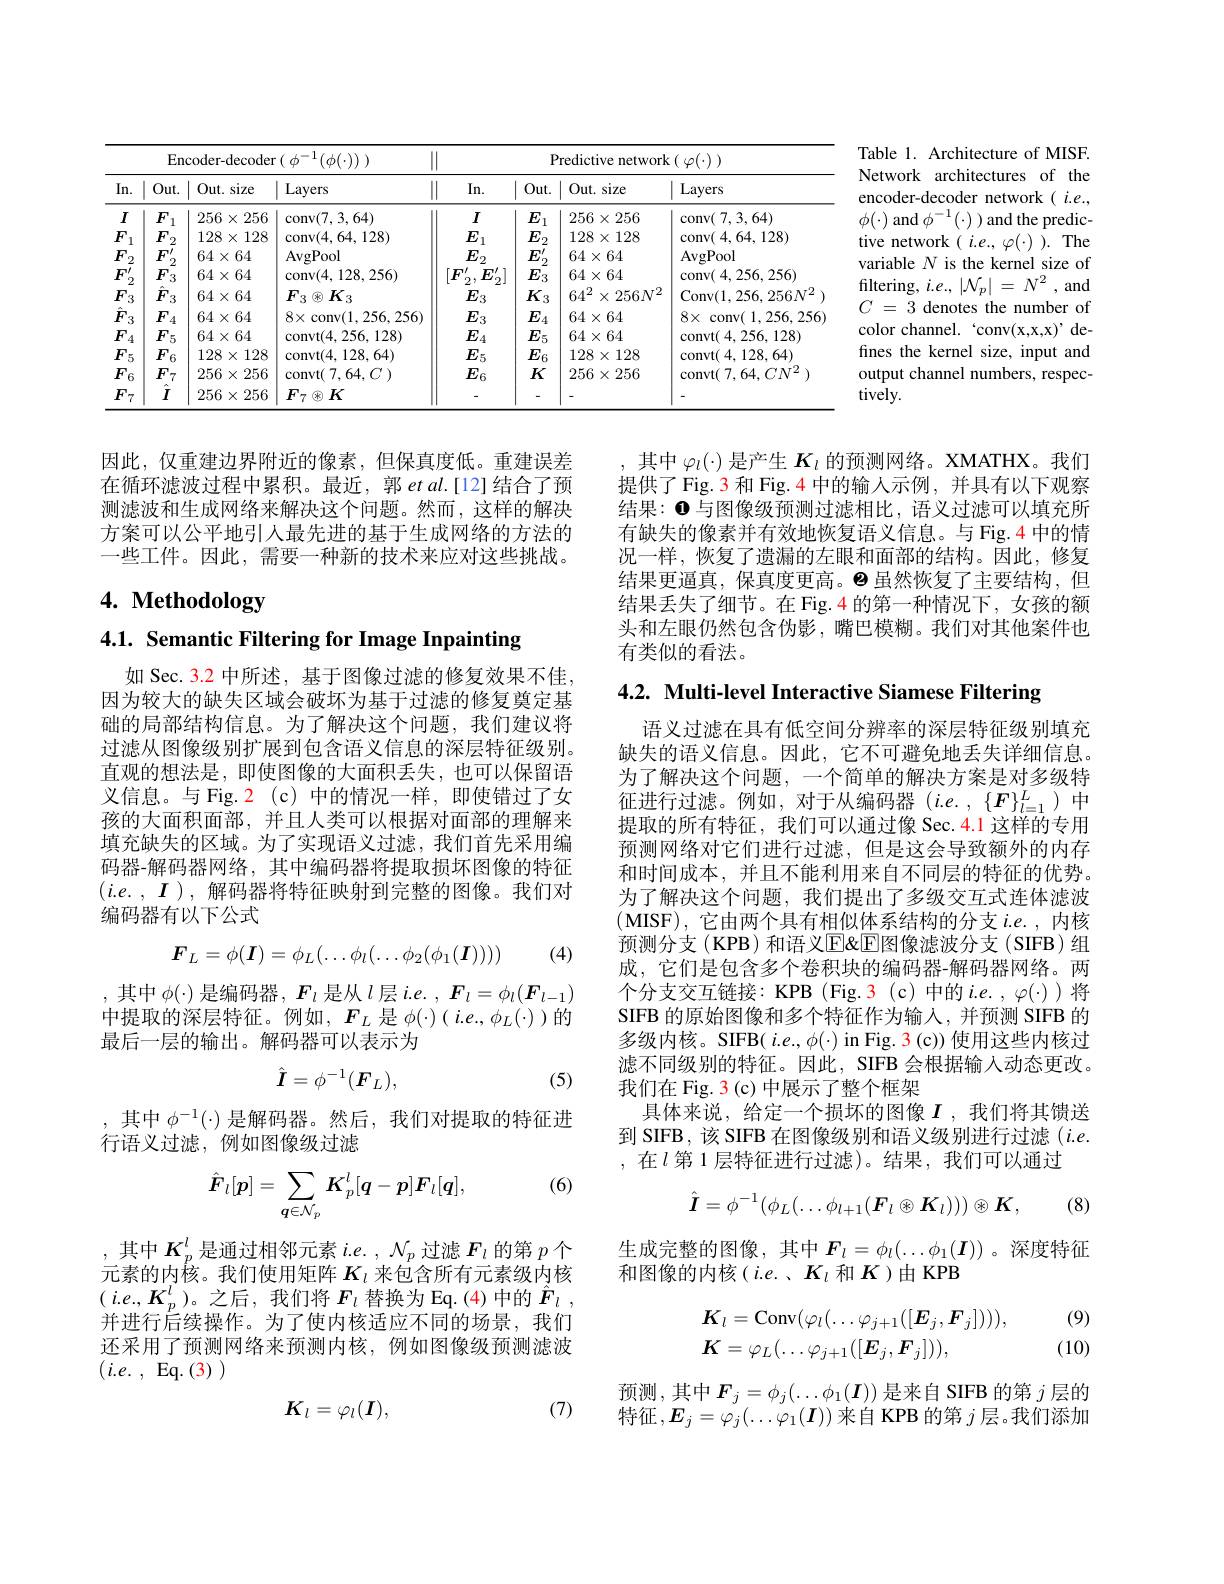
Table 1. Architecture of MISF. Network architectures of the encoder-decoder network( $i.e.$, $\phi(\cdot)$ and $\phi^{-1}(\cdot)$ ) and the predictive network $(i.e.,\varphi(\cdot)).$ The variable $N$ is the kernel size of filtering, $i. e. , | \mathcal{N} _p| = N^2$,and $C$ = 3 denotes the number of color channel. 'conv(x,x,x)' defines the kernel size, input and output channel numbers, respectively.

<table>
	<tbody>
		<tr>
			<th rowspan="2">Encoder-decoder ( $\phi ^{- 1}( \phi ( \cdot ) )$ )</th>
			<th colspan="2">Encoder-decoder ( $\phi ^{- 1}( \phi ( \cdot ) )$ )</th>
			<th rowspan="2"> In. </th>
			<th colspan="3">Predictive network $(\varphi(\cdot))$</th>
		</tr>
		<tr>
			<th>$In.$</th>
			<th>Out.</th>
			<th>Out. s size</th>
			<th>Layers</th>
			<th>$Out.$</th>
			<th>$Out.s$ size</th>
			<th>Layers</th>
		</tr>
		<tr>
			<td>$I$</td>
			<td>$F$ 1</td>
			<td>256 $j\times$ 256</td>
			<td>$\operatorname{conv}(7,3,64)$</td>
			<td>$I$</td>
			<td>$E$ 1</td>
			<td>$256\times256$</td>
			<td>$\operatorname{conv}(7,3,64)$</td>
		</tr>
		<tr>
			<td>$F$ 1</td>
			<td>$F$ 2</td>
			<td>$128\times$ 128</td>
			<td>$\operatorname{conv}(4,64,128)$</td>
			<td>$E$</td>
			<td>$E$ 1.</td>
			<td>128 $8\times128$</td>
			<td>conv( 4, 64, 128) </td>
		</tr>
		<tr>
			<td>$F$ 2</td>
			<td>$F_{\mathrm{a}}^{\prime}$ n</td>
			<td>$64\times64$</td>
			<td>AvgPool</td>
			<td>$E.$ $i2$</td>
			<td>$E_{\mathrm{n}}^{\prime}$</td>
			<td>$64\times64$</td>
			<td>AvgPool</td>
		</tr>
		<tr>
			<td>$F_{\mathrm{a}}^{\prime}$ $=\frac{1}{2}$ -</td>
			<td>$F_{3}$</td>
			<td>$64\times64$</td>
			<td>$\operatorname{conv}(4,128,256)$</td>
			<td>$F_{\cdot}^{\prime}$ $E^{\prime}$</td>
			<td>$E_{3}$</td>
			<td>$64\times64$</td>
			<td>$\operatorname { conv} ($ 4, 256, 256)</td>
		</tr>
		<tr>
			<td>$F_{:}$ 3 </td>
			<td>$\hat{F}_{3}$</td>
			<td>$64\times64$</td>
			<td>$F_{3}\otimes K_{3}$</td>
			<td>$E_3$</td>
			<td>$K_{3}$</td>
			<td>$64^2$ $256N^{2}$ 1</td>
			<td>Conv$( 1, 256, 256N^{2}$</td>
		</tr>
		<tr>
			<td>$\hat{F}$ 3</td>
			<td>$F$ A</td>
			<td>$64\times64$</td>
			<td>$8\times$conv(1,256,256)</td>
			<td>$E.$ $\because x$</td>
			<td>$E.$ $f$</td>
			<td>$64\times64$</td>
			<td>$8x$ conv( 1, 256, 256</td>
		</tr>
		<tr>
			<td>$F.$ 4</td>
			<td>$F_5$</td>
			<td>$64\times64$</td>
			<td>convt(4,256,128)</td>
			<td>$E$ 4</td>
			<td>$E_{5}$</td>
			<td>$64\times64$</td>
			<td>convt( 4, 256, 128) </td>
		</tr>
		<tr>
			<td>$F;$ 5</td>
			<td>$F.$ 56</td>
			<td>$128\times$ 128</td>
			<td>$\operatorname{convt}(4,128,64)$</td>
			<td>$E_5$</td>
			<td>$E_{6}$</td>
			<td>128 $8\times128$ 3</td>
			<td>convt( 4, 128, 64) </td>
		</tr>
		<tr>
			<td>$F_{6}$ </td>
			<td>$F_{7}$</td>
			<td>$256\times$ 256</td>
			<td>$\operatorname{convt}(7,64,C)$</td>
			<td>$E_{6}$</td>
			<td>$K$</td>
			<td>$256\times256$</td>
			<td>convt( 7, 64, C$N^{2}$</td>
		</tr>
		<tr>
			<td>$F$ 一</td>
			<td>$\ddot{I}$</td>
			<td>256 $:X$ 256</td>
			<td>$F_{7}\otimes K$</td>
			<td> </td>
			<td>-</td>
			<td> </td>
			<td> </td>
		</tr>
	</tbody>
</table>

因此，仅重建边界附近的像素，但保真度低。重建误差在循环滤波过程中累积。最近，郭$etal.[12]$结合了预测滤波和生成网络来解决这个问题。然而，这样的解决方案可以公平地引入最先进的基于生成网络的方法的一些工件。因此，需要一种新的技术来应对这些挑战。

其中$\varphi_l(\cdot)$是产生$K_l$的预测网络。XMATHX。我们提供了Fig.3 和 Fig.4 中的输人示例，并具有以下观察结果：$\mathbf{0}$与图像级预测过滤相比，语义过滤可以填充所有缺失的像素并有效地恢复语义信息。与 Fig.4 中的情况一样，恢复了遗漏的左眼和面部的结构。因此，修复结果更逼真，保真度更高。$\Theta$虽然恢复了主要结构，但结果丢失了细节。在 Fig.4 的第一种情况下，女孩的额头和左眼仍然包含伪影，嘴巴模糊。我们对其他案件也有类似的看法。

# 4. Methodology

4.1. Semantic Filtering for Image Inpainting

4.2. Multi-level Interactive Siamese Filtering

如 Sec. 3.2 中所述，基于图像过滤的修复效果不佳因为较大的缺失区域会破坏为基于过滤的修复奠定基础的局部结构信息。为了解决这个问题，我们建议将过滤从图像级别扩展到包含语义信息的深层特征级别。直观的想法是，即使图像的大面积丢失，也可以保留语义信息。与 Fig. $\color{red}2$(c)中的情况一样，即使错过了女孩的大面积面部，并且人类可以根据对面部的理解来填充缺失的区域。为了实现语义过滤，我们首先采用编码器-解码器网络，其中编码器将提取损坏图像的特征$(i.e.,I)$,解码器将特征映射到完整的图像。我们对编码器有以下公式

语义过滤在具有低空间分辨率的深层特征级别填充缺失的语义信息。因此，它不可避免地丢失详细信息。为了解决这个问题，一个简单的解决方案是对多级特征进行过滤。例如，对于从编码器(i.e.,$\{F\}_{l=1}^L)中$ 提取的所有特征，我们可以通过像 Sec.4.1 这样的专用预测网络对它们进行过滤，但是这会导致额外的内存和时间成本，并且不能利用来自不同层的特征的优势。为了解决这个问题，我们提出了多级交互式连体滤波(MISF),它由两个具有相似体系结构的分支$i.e.$,内核预测分支(KPB)和语义$\operatorname{E}$<E<E/图像滤波分支(SIFB)组成，它们是包含多个卷积块的编码器-解码器网络。两个分支交互链接：KPB (Fig.3 (c)中的$i.e.,\varphi(\cdot)$ 将SIFB 的原始图像和多个特征作为输入，并预测 SIFB 的多级内核。SIFB( $i.e.,\phi(\cdot)$ in Fig. 3(c)) 使用这些内核过滤不同级别的特征。因此，SIFB 会根据输入动态更改。我们在 Fig. 3(c) 中展示了整个框架
具体来说，给定一个损坏的图像$I$ ,我们将其馈送到 SIFB, 该 SIFB 在图像级别和语义级别进行过滤$(i.e.$ ,在$l$ 第 1层特征进行过滤)。结果，我们可以通过

(4)
$$F_L=\phi(I)=\phi_L(\ldots\phi_l(\ldots\phi_2(\phi_1(I))))$$
,其中$\phi(\cdot)$是编码器，$F_l$是从$l$层$i.e.,F_l=\phi_l(\boldsymbol{F}_{l-1})$ 中提取的深层特征。例如，$F_L$是$\phi(\cdot)(i.e.,\phi_{L}(\cdot))$的最后一层的输出。解码器可以表示为
$$\hat{I}=\phi^{-1}(\boldsymbol{F}_{L}),$$
(5)

,其中$\phi^-1(\cdot)$ 是解码器。然后，我们对提取的特征进
行语义过滤，例如图像级过滤

(6)
$$\hat{\boldsymbol{F}}_l[\boldsymbol{p}]=\sum_{\boldsymbol{q}\in\mathcal{N}_p}\boldsymbol{K}_p^l[\boldsymbol{q}-\boldsymbol{p}]\boldsymbol{F}_l[\boldsymbol{q}],$$
$$\hat{\boldsymbol{I}}=\phi^{-1}(\phi_L(\ldots\phi_{l+1}(\boldsymbol{F}_l\otimes\boldsymbol{K}_l))))\otimes\boldsymbol{K},$$
(8)

生成完整的图像，其中$F_l=\phi_l(\ldots\phi_1(\boldsymbol{I}))$ 。深度特征
和图像的内核(i.e.、$K_l$ 和$K$ )由 KPB

,其中$K_p^l$是通过相邻元素$i.e.,\mathcal{N}_p$过滤$\boldsymbol F_l$的第$p$个元素的内核。我们使用矩阵$K_l$来包含所有元素级内核$(i.e.,K_{p}^{l})$。之后，我们将$F_l$ 替换为 Eq.(4)中的 $\hat{F} _l$ , 并进行后续操作。为了使内核适应不同的场景，我们还采用了预测网络来预测内核，例如图像级预测滤波$( i. e.$ , Eq. (3) )

(9)
$$\begin{aligned}&K_{l}=\mathrm{Conv}(\varphi_{l}(\ldots\varphi_{j+1}([\boldsymbol{E}_{j},\boldsymbol{F}_{j}]))),\\&K=\varphi_{L}(\ldots\varphi_{j+1}([\boldsymbol{E}_{j},\boldsymbol{F}_{j}])),\end{aligned}$$
(10)

预测，其中$F_j=\phi_j(\ldots\phi_1(I))$是来自 SIFB 的第$j$层的特征$,\boldsymbol{E}_j=\dot{\varphi_j}(\ldots\dot{\varphi_1}(\boldsymbol{I}))$来自 KPB 的第 $j$ 层。我们添加
$$K_l=\varphi_l(I),$$
(7)